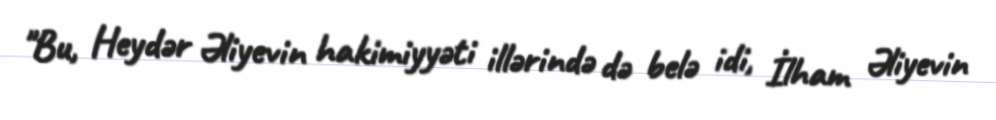
"Bu, Heydər Əliyevin hakimiyyəti illərində də belə idi, İlham Əliyevin